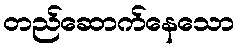
တည်ဆောက်နေသော